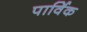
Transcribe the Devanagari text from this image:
पार्विक